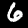
Digit: 6